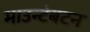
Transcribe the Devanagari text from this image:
माउन्टेबटन